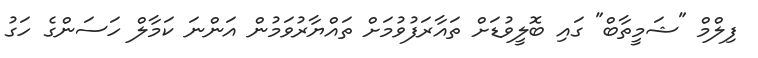
ފިލްމް "ޝަމީތާބް" ގައި ބޮލީވުޑަށް ތައާރަފުވުމަށް ތައްޔާރުވަމުން އަންނަ ކަމާލް ހަސަންގެ ހަގު